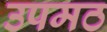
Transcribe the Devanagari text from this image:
उपमठ